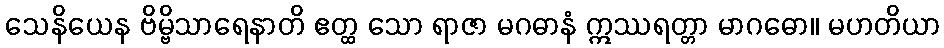
သေနိယေန ဗိမ္ဗိသာရေနာတိ ဧတ္ထ သော ရာဇာ မဂဓာနံ ဣဿရတ္တာ မာဂဓော။ မဟတိယာ